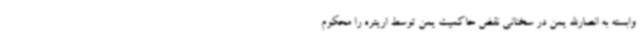
وابسته به انصارالله یمن در سخنانی نقض حاکمیت یمن توسط اریتره را محکوم